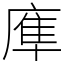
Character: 㢑